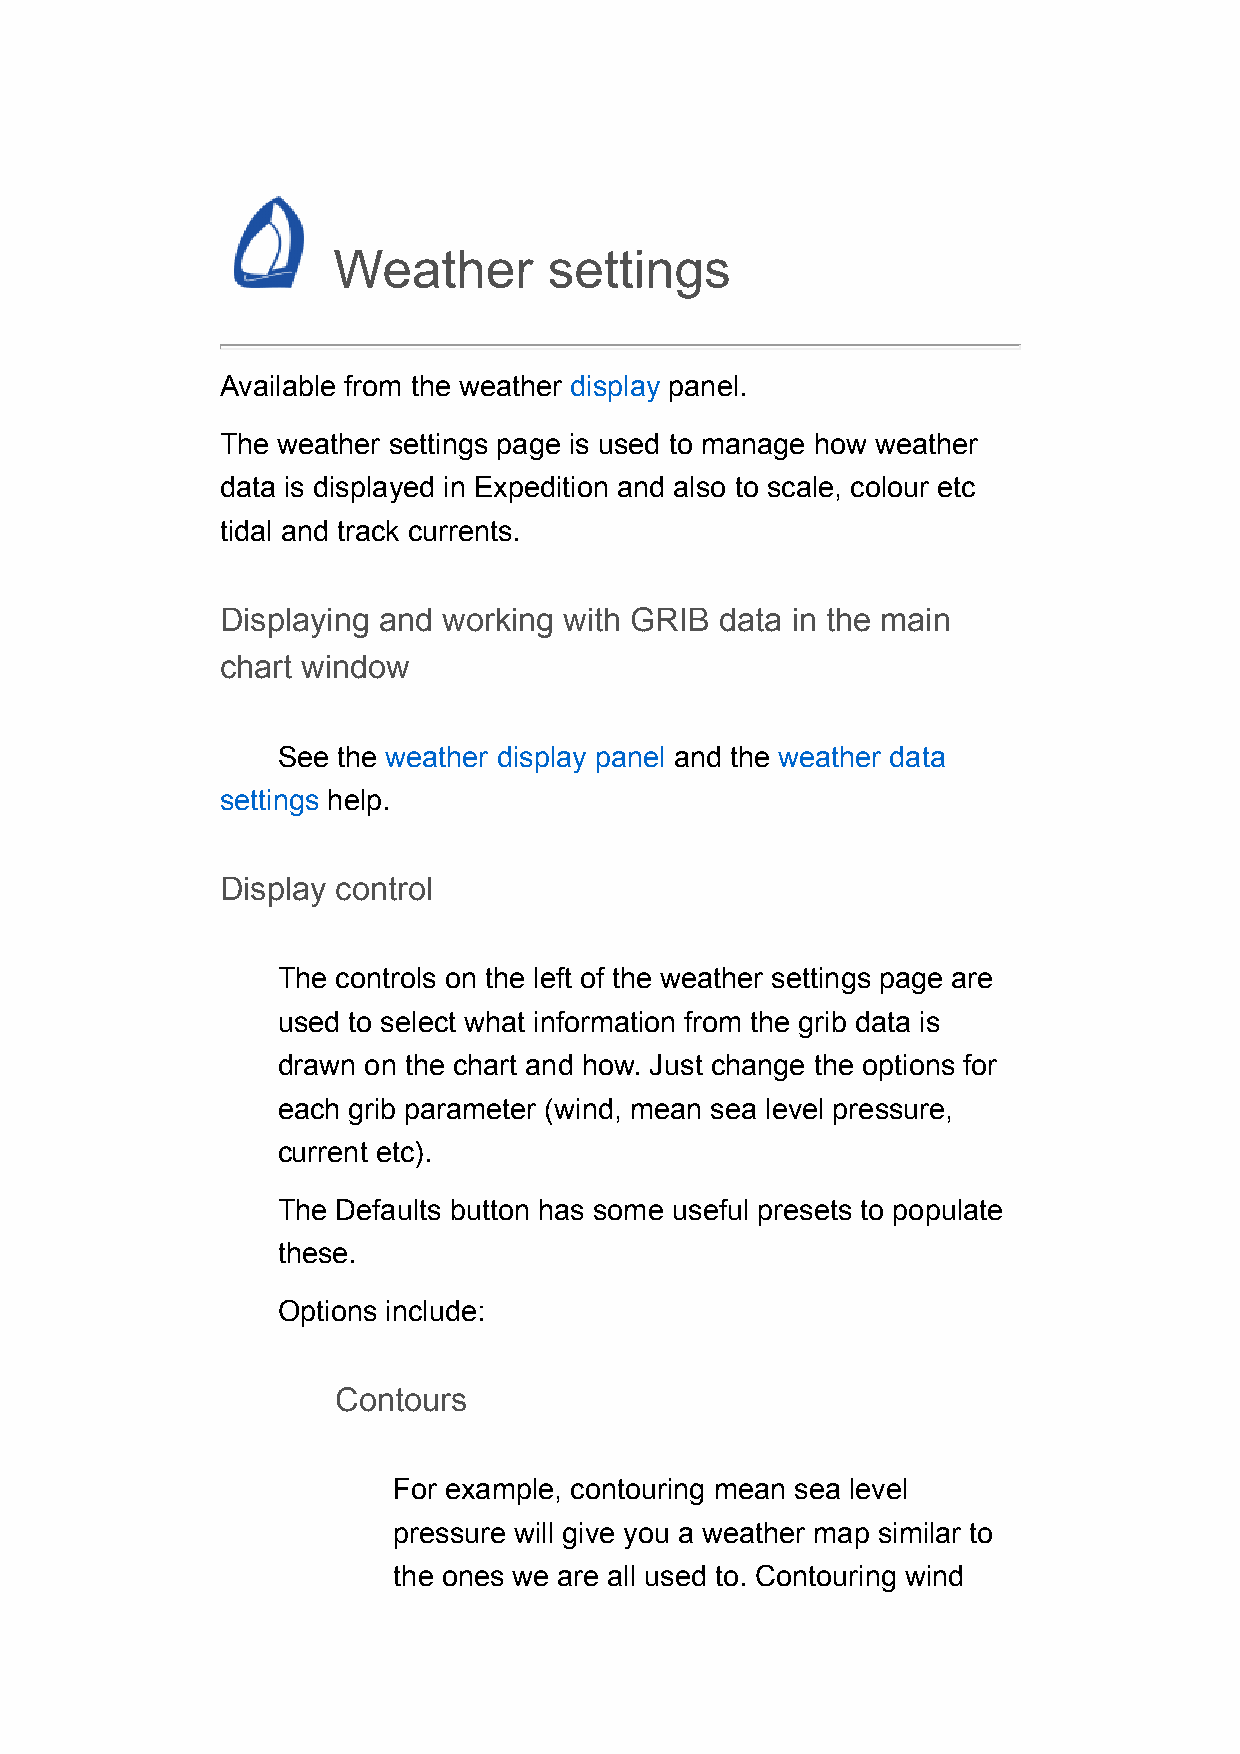
Weather       settings
 Available from the weather display panel.
 The weather settings page is used to manage how weather
 data is displayed in Expedition and also to scale, colour etc
 tidal and track currents.
 Displaying and working with GRIB data in the main
 chart window
 See the weather display panel and the weather data
 settings help.
 Display control
 The controls on the left of the weather settings page are
 used to select what information from the grib data is
 drawn on the chart and how. Just change the options for
 each grib parameter (wind, mean sea level pressure,
 current etc).
 The Defaults button has some useful presets to populate
 these.
 Options include:
 Contours
 For example, contouring mean sea level
 pressure will give you a weather map similar to
 the ones we are all used to. Contouring wind